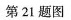
第21题图